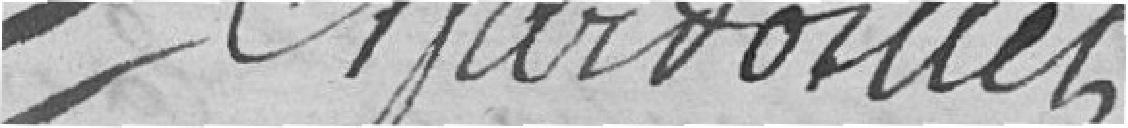
Chardouillet